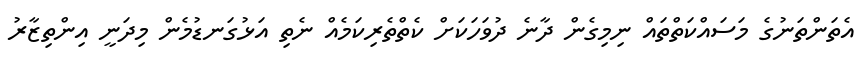
އެތަންތަނުގެ މަސައްކަތްތައް ނިމިގެން ދާނެ ދުވަަހަކަށް ކެތްތެރިކަމެއް ނެތި އަޅުގަނޑުމެން މިދަނީ އިންތިޒާރު